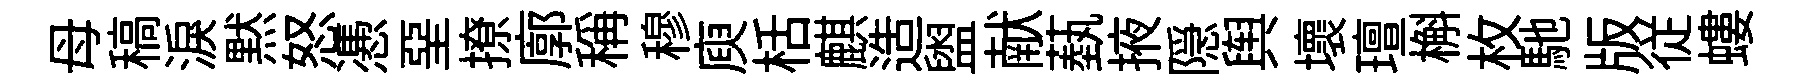
母稿淚黙怒慿堊撩廓稱穆庾栝麒造盥献蓺掖隠舆壞璮槲枚馳版従螻